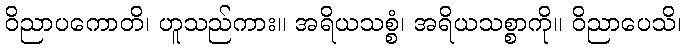
ဝိညာပကောတိ၊ ဟူသည်ကား။ အရိယသစ္စံ၊ အရိယသစ္စာကို။ ဝိညာပေသိ၊